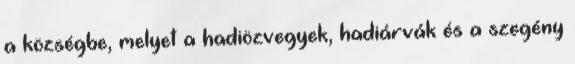
a községbe, melyet a hadiözvegyek, hadiárvák és a szegény